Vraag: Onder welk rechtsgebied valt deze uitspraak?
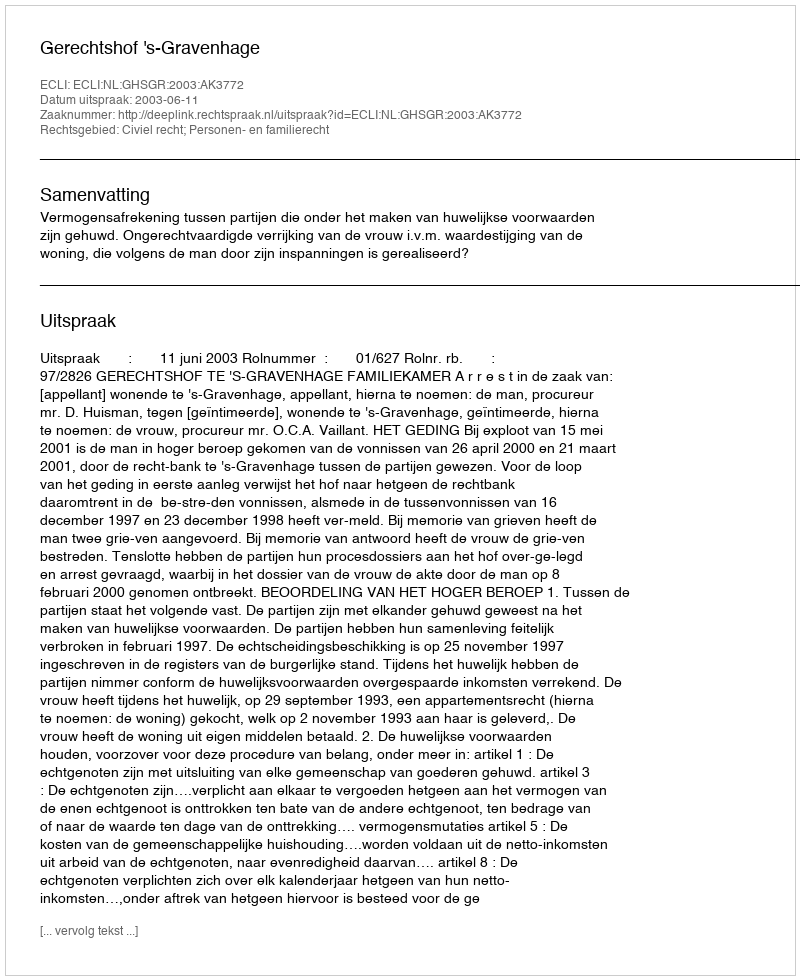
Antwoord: Civiel recht; Personen- en familierecht